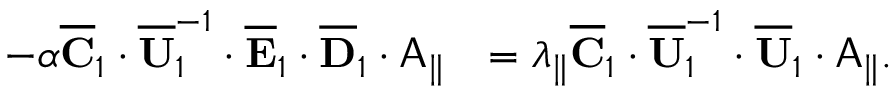
\begin{array} { r l } { - \alpha \overline { { \mathbf { C } } } _ { 1 } \cdot \overline { { \mathbf { U } } } _ { 1 } ^ { - 1 } \cdot \overline { { \mathbf { E } } } _ { 1 } \cdot \overline { { \mathbf { D } } } _ { 1 } \cdot \mathsf { A } _ { \parallel } } & { = \lambda _ { \parallel } \overline { { \mathbf { C } } } _ { 1 } \cdot \overline { { \mathbf { U } } } _ { 1 } ^ { - 1 } \cdot \overline { { \mathbf { U } } } _ { 1 } \cdot \mathsf { A } _ { \parallel } . } \end{array}